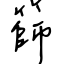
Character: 篩